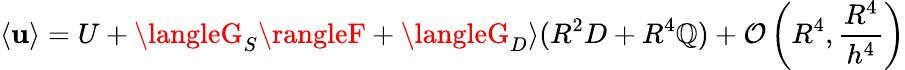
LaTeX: \langle\mathbf{u}\rangle=U+\langleG_{S}\rangleF+\langleG_{D}\rangle(R^{2}D+R^{4}\mathbb{Q})+\mathcal{{O}}\left(R^{4},\frac{{R^{4}}}{{h^{4}}}\right)